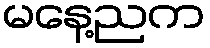
မနေ့ညက